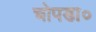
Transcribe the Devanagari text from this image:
चोपडा०